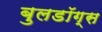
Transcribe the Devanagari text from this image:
बुलडॉग्स